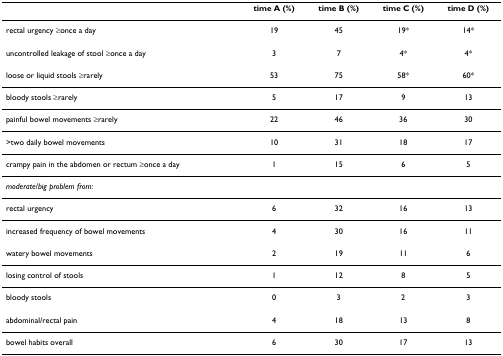
<table><thead><tr><td></td><td><b>time A (%)</b></td><td><b>time B (%)</b></td><td><b>time C (%)</b></td><td><b>time D (%)</b></td></tr></thead><tbody><tr><td>rectal urgency ≥once a day</td><td>19</td><td>45</td><td>19*</td><td>14*</td></tr><tr><td>uncontrolled leakage of stool ≥once a day</td><td>3</td><td>7</td><td>4*</td><td>4*</td></tr><tr><td>loose or liquid stools ≥rarely</td><td>53</td><td>75</td><td>58*</td><td>60*</td></tr><tr><td>bloody stools ≥rarely</td><td>5</td><td>17</td><td>9</td><td>13</td></tr><tr><td>painful bowel movements ≥rarely</td><td>22</td><td>46</td><td>36</td><td>30</td></tr><tr><td>&gt;two daily bowel movements</td><td>10</td><td>31</td><td>18</td><td>17</td></tr><tr><td>crampy pain in the abdomen or rectum ≥once a day</td><td>1</td><td>15</td><td>6</td><td>5</td></tr><tr><td><i>moderate/big problem from:</i></td><td></td><td></td><td></td><td></td></tr><tr><td>rectal urgency</td><td>6</td><td>32</td><td>16</td><td>13</td></tr><tr><td>increased frequency of bowel movements</td><td>4</td><td>30</td><td>16</td><td>11</td></tr><tr><td>watery bowel movements</td><td>2</td><td>19</td><td>11</td><td>6</td></tr><tr><td>losing control of stools</td><td>1</td><td>12</td><td>8</td><td>5</td></tr><tr><td>bloody stools</td><td>0</td><td>3</td><td>2</td><td>3</td></tr><tr><td>abdominal/rectal pain</td><td>4</td><td>18</td><td>13</td><td>8</td></tr><tr><td>bowel habits overall</td><td>6</td><td>30</td><td>17</td><td>13</td></tr></tbody></table>